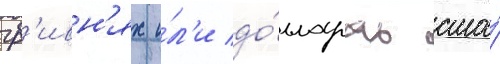
гр'ивн'ях и́л'и до́лларах сша́